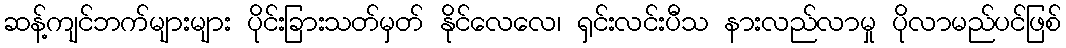
ဆန့်ကျင်ဘက်များများ ပိုင်းခြားသတ်မှတ် နိုင်လေလေ၊ ရှင်းလင်းပီသ နားလည်လာမှု ပိုလာမည်ပင်ဖြစ်